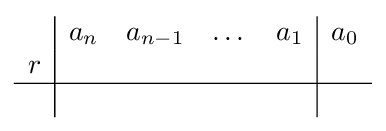
{\begin{array}{c|c c c c|c}&a_{n}&a_{n-1}&\dots &a_{1}&a_{0}\\r&&&&&\\\hline &&&&&\\\end{array}}